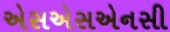
એસએસએનસી